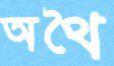
অথৈ